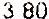
3.80